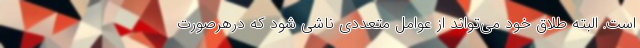
است. البته طلاق خود می‌تواند از عوامل متعددی ناشی شود که درهرصورت